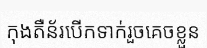
កុងតឺន័របើកទាក់រួចគេចខ្លួន